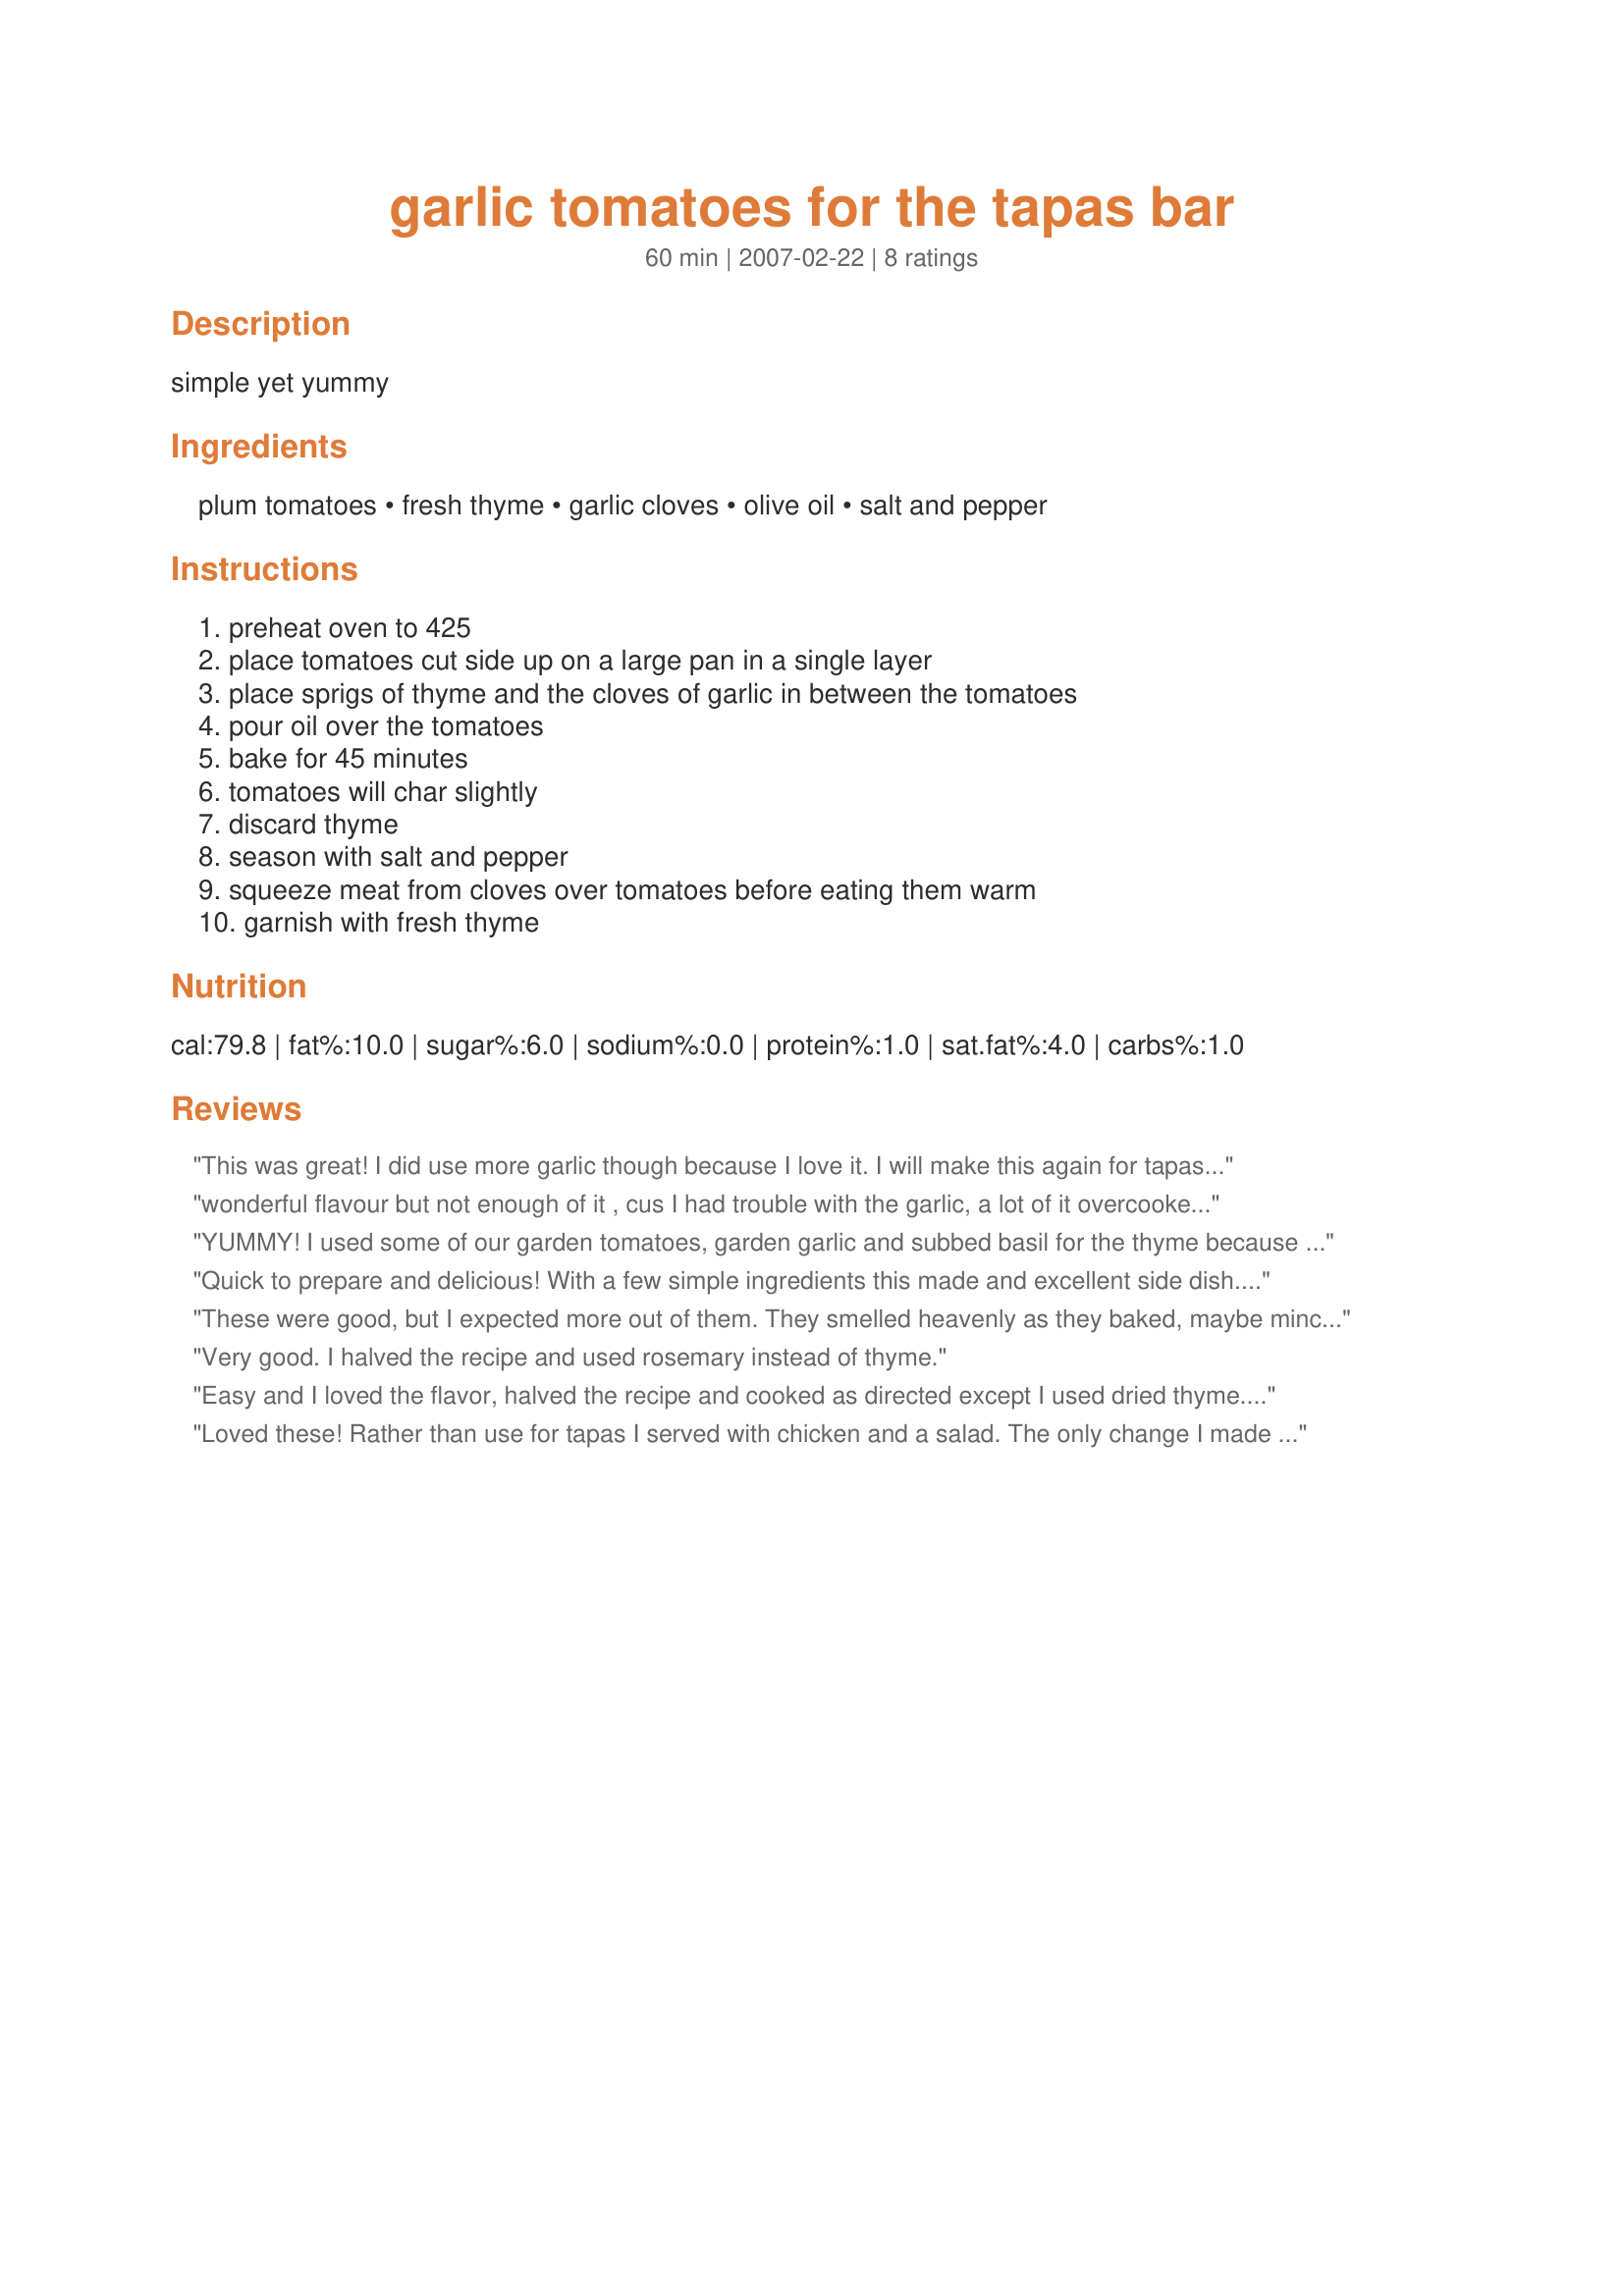
garlic tomatoes for the tapas bar
Preparation time: 60 minutes

simple yet yummy

Ingredients:
plum tomatoes, fresh thyme, garlic cloves, olive oil, salt and pepper

Steps:
preheat oven to 425, place tomatoes cut side up on a large pan in a single layer, place sprigs of thyme and the cloves of garlic in between the tomatoes, pour oil over the tomatoes, bake for 45 minutes, tomatoes will char slightly, discard thyme, season with salt and pepper, squeeze meat from cloves over tomatoes before eating them warm, garnish with fresh thyme

Reviews:
This was great! I did use more garlic though because I love it. I will make this again for tapas... mmm
wonderful flavour but not enough of it , cus I had trouble with the garlic, a lot of it overcooked and was hard , nothing to squeeze out, but what did squeeze on to the tomaotoes was heaven!! Had to use regular tomatoes and used them as a side dish with chicken kababas. Love the fresh thyme with the garlic, great combination, I will try them again, perhaps the garlic I used was too small, will try it with larger cloves next time, there will be a next time, thanks for posting.
YUMMY! I used some of our garden tomatoes, garden garlic and subbed basil for the thyme because that's what we had! I will admit though - I didn't really measure, just winged it. Made for ZWT 8
Quick to prepare and delicious! With a few simple ingredients this made and excellent side dish. I had to use dried thyme because it was all I had at home but the flavours were still strong and every yummy. Thank you ~Rita~
These were good, but I expected more out of them. They smelled heavenly as they baked, maybe minced garlic on top as they bake would help. I will make them again, but tweak it a little.
Very good. I halved the recipe and used rosemary instead of thyme.
Easy and I loved the flavor, halved the recipe and cooked as directed except I used dried thyme. Will use more garlic and bigger cloves if I can find it. Rita, thanks for posting
Loved these! Rather than use for tapas I served with chicken and a salad. The only change I made was to use dried thyme instead of fresh, I put about a tablespoon in the pan and gave the tomatoes a light sprinking with some more about 5 minutes before they were done to soften it up a bit. I thought the idea of squeezing out the contents of the garlic cloves at the end was a nice touch and gave the dish a wonderful roasted garlic flavor.
